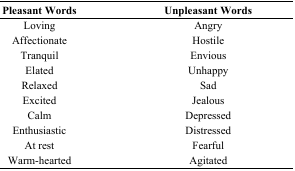
<table><thead><tr><td><b>Pleasant Words</b></td><td><b>Unpleasant Words</b></td></tr></thead><tbody><tr><td>Loving</td><td>Angry</td></tr><tr><td>Affectionate</td><td>Hostile</td></tr><tr><td>Tranquil</td><td>Envious</td></tr><tr><td>Elated</td><td>Unhappy</td></tr><tr><td>Relaxed</td><td>Sad</td></tr><tr><td>Excited</td><td>Jealous</td></tr><tr><td>Calm</td><td>Depressed</td></tr><tr><td>Enthusiastic</td><td>Distressed</td></tr><tr><td>At rest</td><td>Fearful</td></tr><tr><td>Warm-hearted</td><td>Agitated</td></tr></tbody></table>